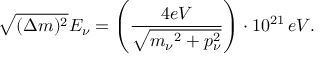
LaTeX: \sqrt { ( \Delta m ) ^ { 2 } } { { E _ { \nu } = { \left( \frac { 4 e V } { \sqrt { { { m _ { \nu } } ^ { 2 } + { p _ { \nu } ^ { 2 } } } } } \right) } \cdot 1 0 ^ { 2 1 } \, e V . } \nonumber }